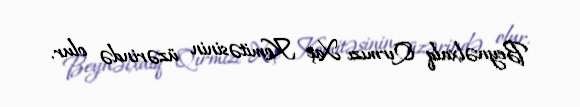
Beynəlxalq Qırmızı Xaç Komitəsinin üzərində olur.